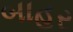
બાહર